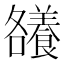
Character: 𮊶